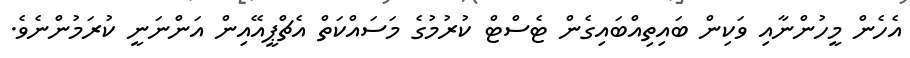
އެހެން މީހުންނާއި ވަކިން ބައިތިއްބައިގެން ޓެސްޓް ކުރުމުގެ މަސައްކަތް އެޗްޕީއޭއިން އަންނަނީ ކުރަމުންނެވެ.